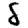
Digit: 8